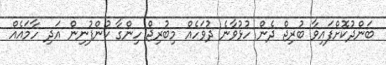
ބަންދުކޮށްފައިވާ ބުރިޖް ދެން ހުޅުވާނެ ދުވަހެއް މިބުރިޖް ހިންގާ ކުންފުނިން އަދި ހާމައެއް